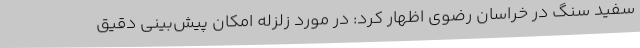
سفید سنگ در خراسان رضوی اظهار کرد: در مورد زلزله امکان پیش‌بینی دقیق